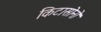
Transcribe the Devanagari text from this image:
किटासोनो